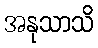
အနုသာသိ